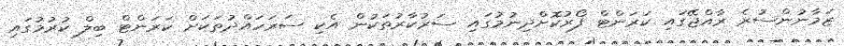
ޒަމާނުންސުރެ ރާއްޖޭގައި ކަރަންޓް ފޯރުކޮށްދިނުމުގައި ސަރުކާރުތަކުން އެކި ސަރަހައްދުތަކަށް ކަރަންޓް ބިލް ކުރުމުގައި